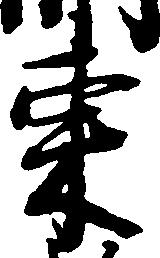
東